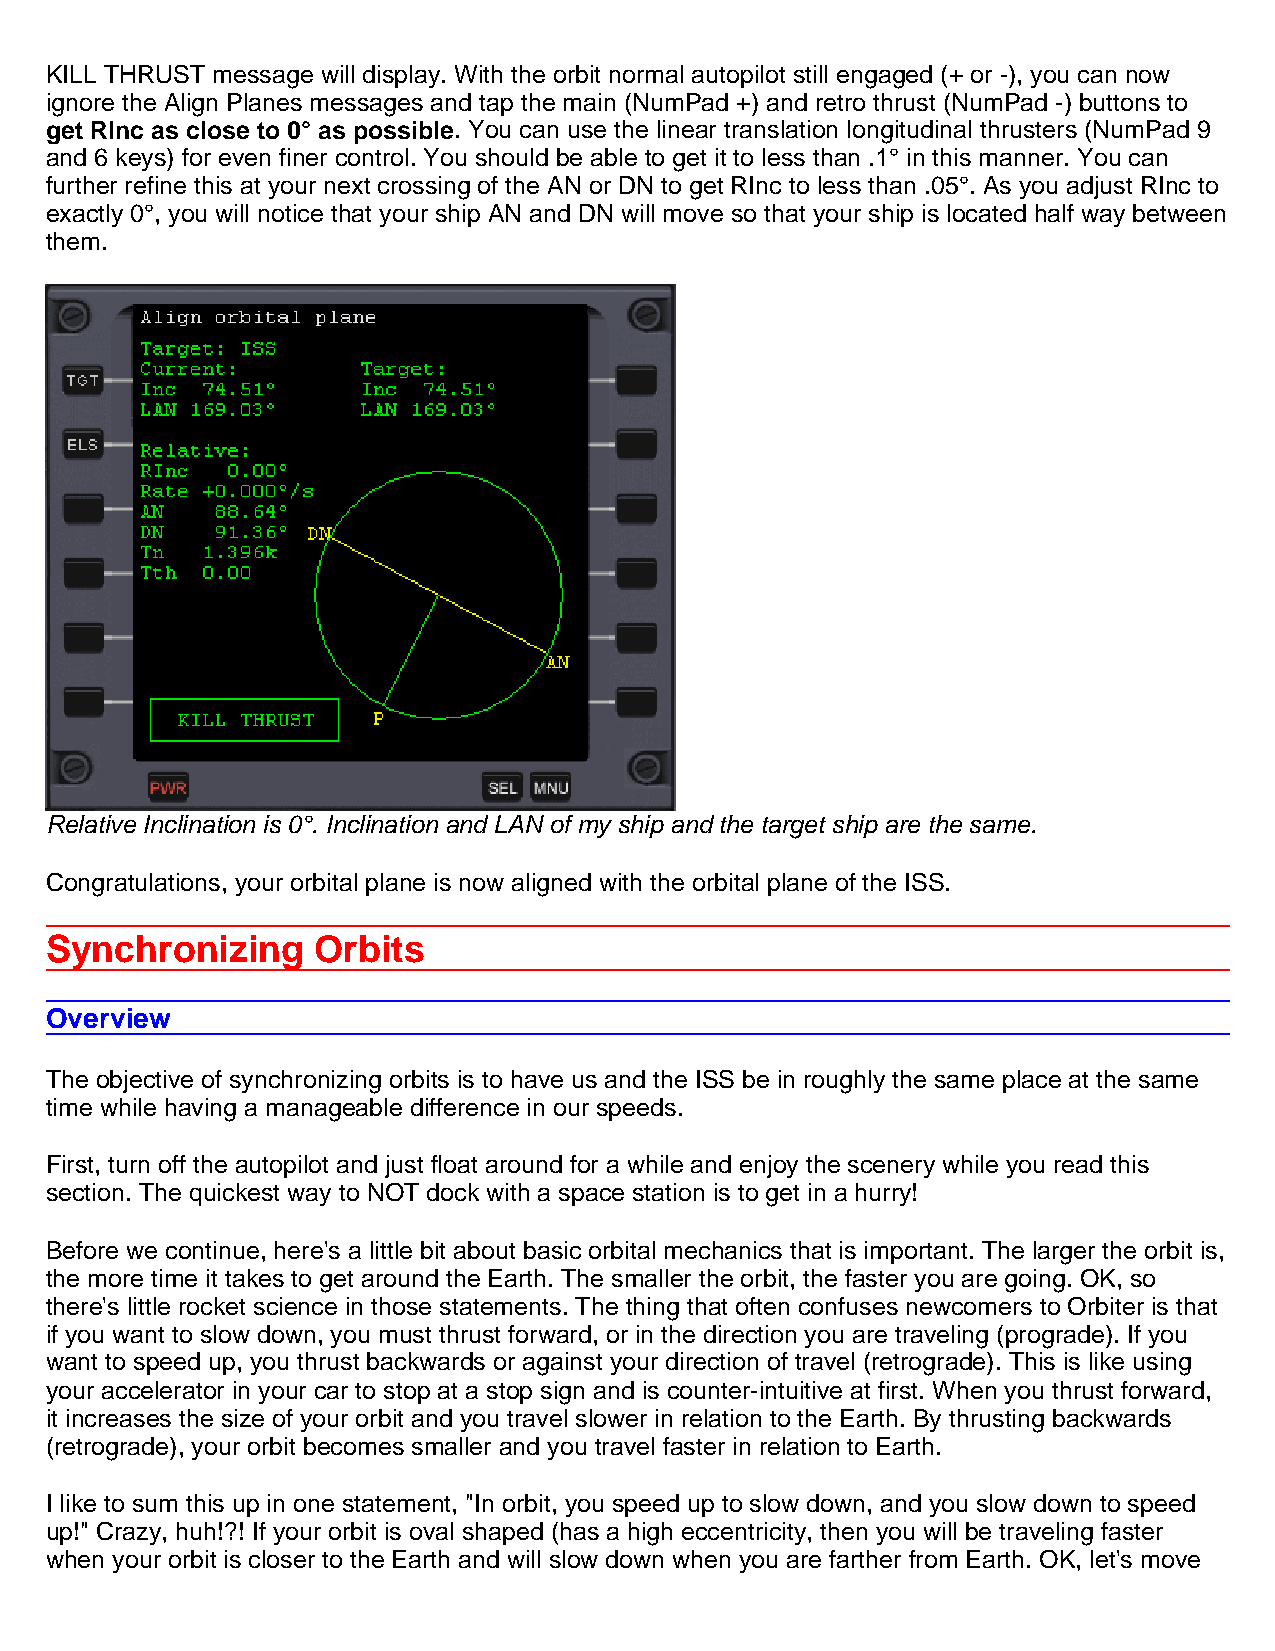
KILL THRUST message will display. With the orbit normal autopilot still engaged (+ or -), you can now
 ignore the Align Planes messages and tap the main (NumPad +) and retro thrust (NumPad -) buttons to
 get RInc as close to 0° as possible. You can use the linear translation longitudinal thrusters (NumPad 9
 and 6 keys) for even finer control. You should be able to get it to less than .1° in this manner. You can
 further refine this at your next crossing of the AN or DN to get RInc to less than .05°. As you adjust RInc to
 exactly 0°, you will notice that your ship AN and DN will move so that your ship is located half way between
 them.
 Relative Inclination is 0°. Inclination and LAN of my ship and the target ship are the same.
 Congratulations, your orbital plane is now aligned with the orbital plane of the ISS.
 Synchronizing     Orbits
 Overview
 The objective of synchronizing orbits is to have us and the ISS be in roughly the same place at the same
 time while having a manageable difference in our speeds.
 First, turn off the autopilot and just float around for a while and enjoy the scenery while you read this
 section. The quickest way to NOT dock with a space station is to get in a hurry!
 Before we continue, here's a little bit about basic orbital mechanics that is important. The larger the orbit is,
 the more time it takes to get around the Earth. The smaller the orbit, the faster you are going. OK, so
 there's little rocket science in those statements. The thing that often confuses newcomers to Orbiter is that
 if you want to slow down, you must thrust forward, or in the direction you are traveling (prograde). If you
 want to speed up, you thrust backwards or against your direction of travel (retrograde). This is like using
 your accelerator in your car to stop at a stop sign and is counter-intuitive at first. When you thrust forward,
 it increases the size of your orbit and you travel slower in relation to the Earth. By thrusting backwards
 (retrograde), your orbit becomes smaller and you travel faster in relation to Earth.
 I like to sum this up in one statement, "In orbit, you speed up to slow down, and you slow down to speed
 up!" Crazy, huh!?! If your orbit is oval shaped (has a high eccentricity, then you will be traveling faster
 when your orbit is closer to the Earth and will slow down when you are farther from Earth. OK, let's move